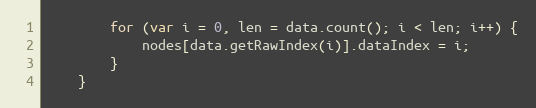
Language: JavaScript
        for (var i = 0, len = data.count(); i < len; i++) {
            nodes[data.getRawIndex(i)].dataIndex = i;
        }
    }